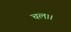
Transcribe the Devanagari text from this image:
चल।।